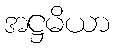
အဋ္ဌမိယာ